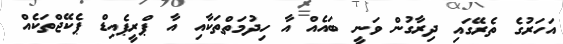
އަހަރުގެ ތެރޭގައި ދިރާގުން ވަނީ ބައެއް އާ ހިދުމަތްތަކާއި އާ ޕްރީޕެއިޑް ޕެކޭޖްތަކެއް